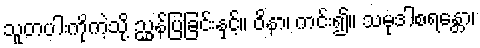
သူတပါးကိုကဲ့သို့ ညွှန်ပြခြင်းနှင့်။ ဝိနာ၊ ကင်း၍။ သမုဒါစရန္တော၊